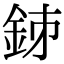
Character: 𨥳